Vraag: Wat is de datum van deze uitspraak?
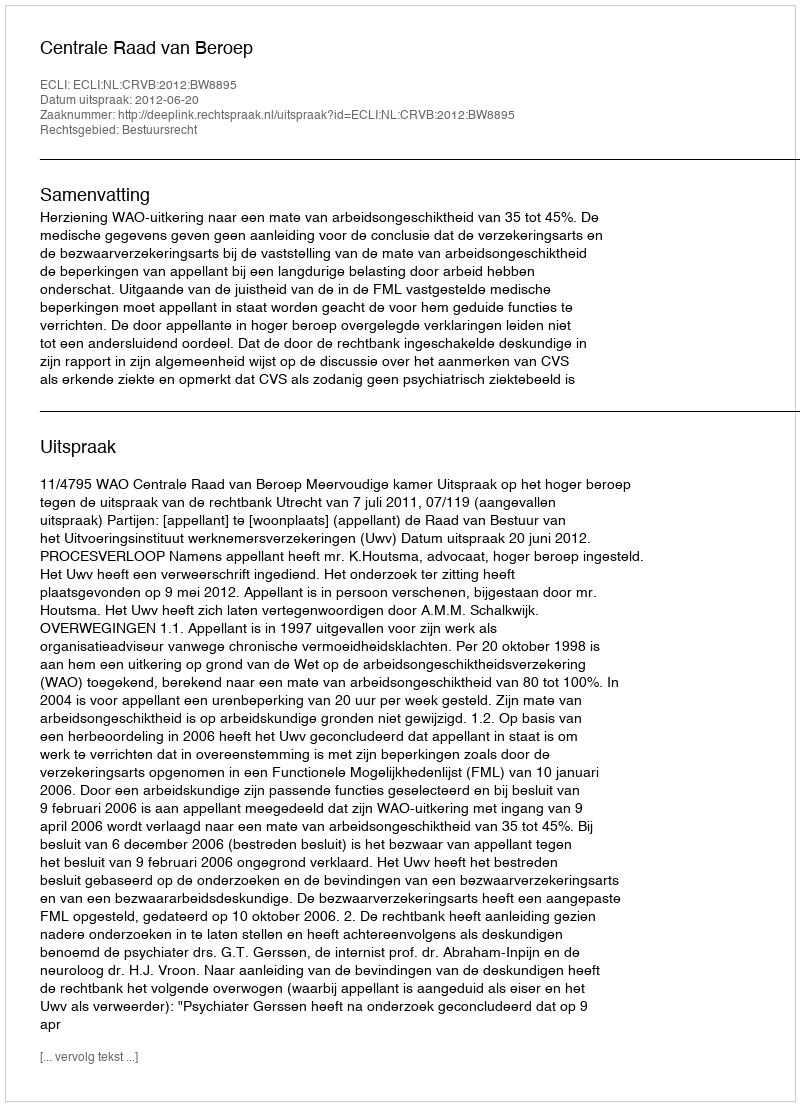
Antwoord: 2012-06-20